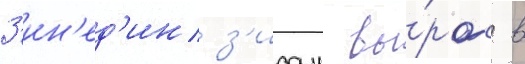
З'ин'ед'ин з'идан вы́рос в